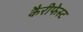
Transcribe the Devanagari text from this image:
कैरीफेस्ट